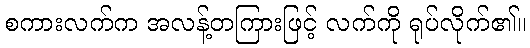
စကားလက်က အလန့်တကြားဖြင့် လက်ကို ရုပ်လိုက်၏။